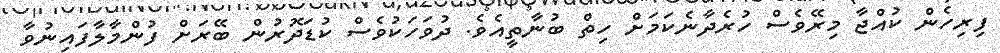
ފިރިހެން ކުއްޖާ މިރޭވެސް ހުރެދާނެކަމަށް ހިތް ބުނާތީއެވެ. ދުވަހަކުވެސް ކުޑަދޮރުން ބޭރަށް ފުންމާލާފައިނުވާ